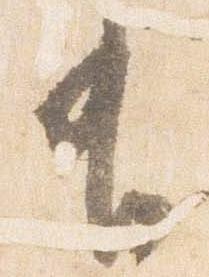
有